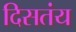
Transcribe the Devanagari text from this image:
दिसतंय